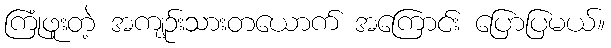
ကြုံဖူးတဲ့ အကျဉ်းသားတယောက် အကြောင်း ပြောပြမယ်။